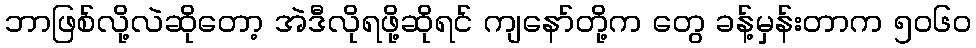
ဘာဖြစ်လို့လဲဆိုတော့ အဲဒီလိုရဖို့ဆိုရင် ကျနော်တို့က တွေ ခန့်မှန်းတာက ၅၀၆၀